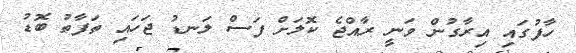
ހާފުގައި އިރާގުން ވަނީ ރާއްޖެ ކޮލަށް ފަސް ލަނޑު ޖަހައި ތަފާތު ބޮޑު